King Institute of Preventive Medicine Micro-Biological Section reports 1912-19
Year: 1912
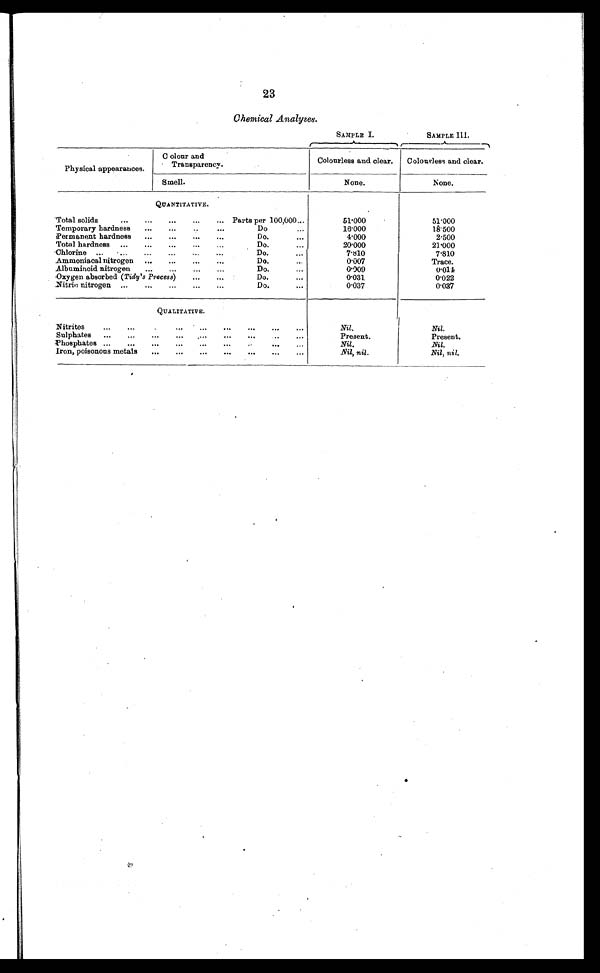
23
Chemical Analyses.
SAMPLE I.
SAMPLE III.
Physical appearances.
Colour an
d Transparency.
Colourless and clear.
Colourless and clear.
Smell.
None.
None.
QUANTITATIVE.
T o t a l s o l i d s . . .
Parts per 100,000 . . .
51.000
51.000
Temporary hardness . . .
Do. . . . 16.000
18.500
Permanent hardness . . .
Do. . . .
4.000
2.500
Total hardness . . .
Do. . . .
20.000
21.000
Chlorine . . .
Do. . . .
7.810
7.810
Ammoniacal nitrogen
. . .
Do. . . .
0.007
Trace.
Albuminoid nitrogen . . .
Do. . . .
0.009
0 . 0 1 4
Oxygen absorbed ( Tidy's Process) . . .
Do. . . .
0.031
0.022
Nitric nitrogen . . .
Do. . . .
0.037
0.037
QUALITATIVE.
Ni t r i t e s . . .
Nil.
Nil.
Sulphates . . .
Present.
Present.
P h o s p h a t e s . . .
Nil.
Nil.
Iron, poisonous metals
. . .
Nil, nil.
Nil, nil.